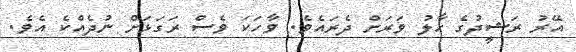
އޭރު ރަޝީދުގެ ހާލު ވަރަށް ދެރައެވެ. ވާހަކަ ވެސް ރަގަޅަށް ނުދެއްކެ އެވެ.